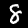
Digit: 8